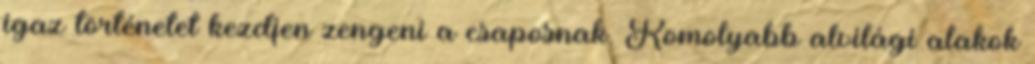
igaz történetet kezdjen zengeni a csaposnak. Komolyabb alvilági alakok